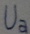
Text: Ua